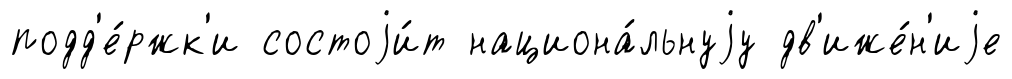
подд'е́ржк'и состоjи́т национа́льнуjу дв'иже́н'иjе